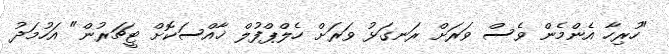
"ހުރިހާ އެންމެން ވެސް ވަރަށް ރަނގަޅު ވަރަށް ހެލްޕްފުލް ޚާއްސަކޮށް ޓީޗަރުން" އަހުމަދު